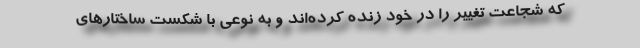
که شجاعت تغییر را در خود زنده کرده‌اند و به نوعی با شکست ساختارهای